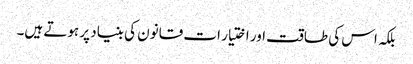
بلکہ اس کی طاقت اور اختیار ات قانون کی بنیاد پر ہوتے ہیں۔